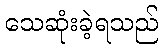
သေဆုံးခဲ့ရသည်